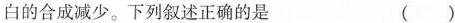
白的合成减少。下列叙述正确的是 ()